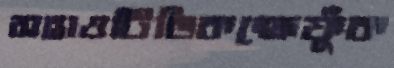
সহাওটিভিকক্ষেফুঁক